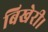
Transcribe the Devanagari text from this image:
बिखेरी।